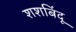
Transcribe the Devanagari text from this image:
शशबिंदू